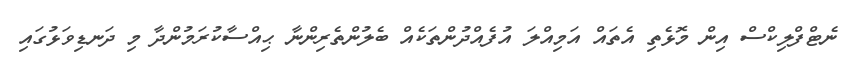
ނެޓްފްލިކްސް އިން މޮޅެތި އެތައް އަމިއްލަ އުފެއްދުންތަކެއް ބެލުންތެރިންނާ ޙިއްސާކުރަމުންދާ މި ދަނޑިވަޅުގައި